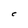
Character: C